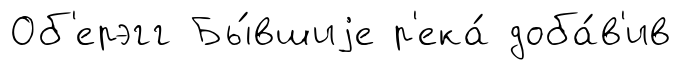
Об'ерэгг Бы́вшиjе р'ека́ доба́в'ив